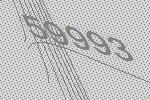
59993